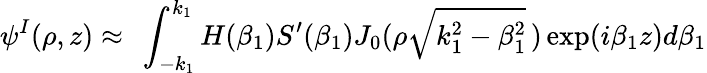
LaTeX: \psi^{I}(\rho,z)\approx\ \int_{-k_{1}}^{k_{1}}H(\beta_{1})S^{\prime}(\beta_{1})J_{0}(\rho\sqrt{k_{1}^{2}-\beta_{1}^{2}}\, )\exp(i\beta_{1}z)d\beta_{1}